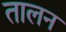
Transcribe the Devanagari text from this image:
तालन